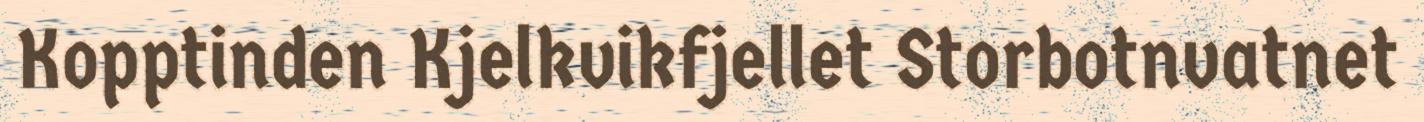
Kopptinden Kjelkvikfjellet Storbotnvatnet